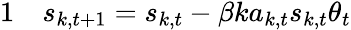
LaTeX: \begin{array}{rl}{{1}}&{{}s_{k,t+1}=s_{k,t}-\beta ka_{k,t}s_{k,t}\theta_{t}}\end{array}